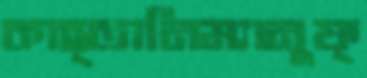
কাহ্তানিম্যানুফ্